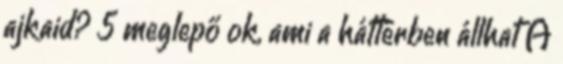
ajkaid? 5 meglepő ok, ami a háttérben állhat A